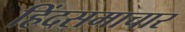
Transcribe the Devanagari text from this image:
हिंदसमाचार